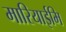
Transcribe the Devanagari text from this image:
मारियाईमि